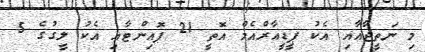
މި ނަތީޖާއާއި އެކު ޕީޑީއާރްއެމް އޮތީ 21 ޕޮއިންޓާއި އެކު ލީގުގެ 5